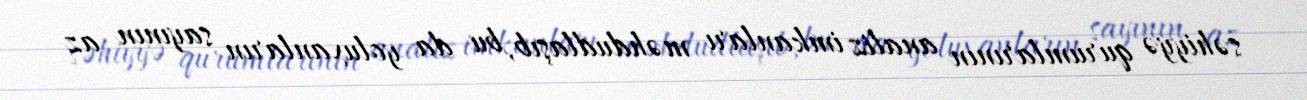
səhiyyə qurumlarının analiz imkanları məhdudlaşıb, bu da yoluxanların sayının az